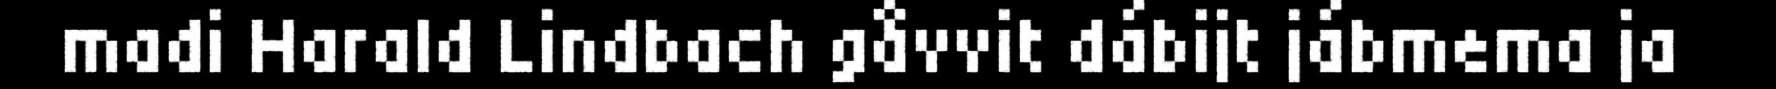
madi Harald Lindbach gåvvit dábijt jábmema ja